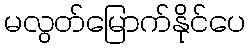
မလွတ်မြောက်နိုင်ပေ